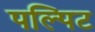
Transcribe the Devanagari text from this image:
पल्पिट